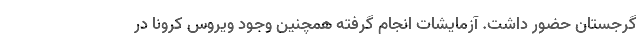
گرجستان حضور داشت. آزمایشات انجام گرفته همچنین وجود ویروس کرونا در